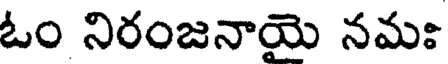
ఓం నిరంజనాయె నమః